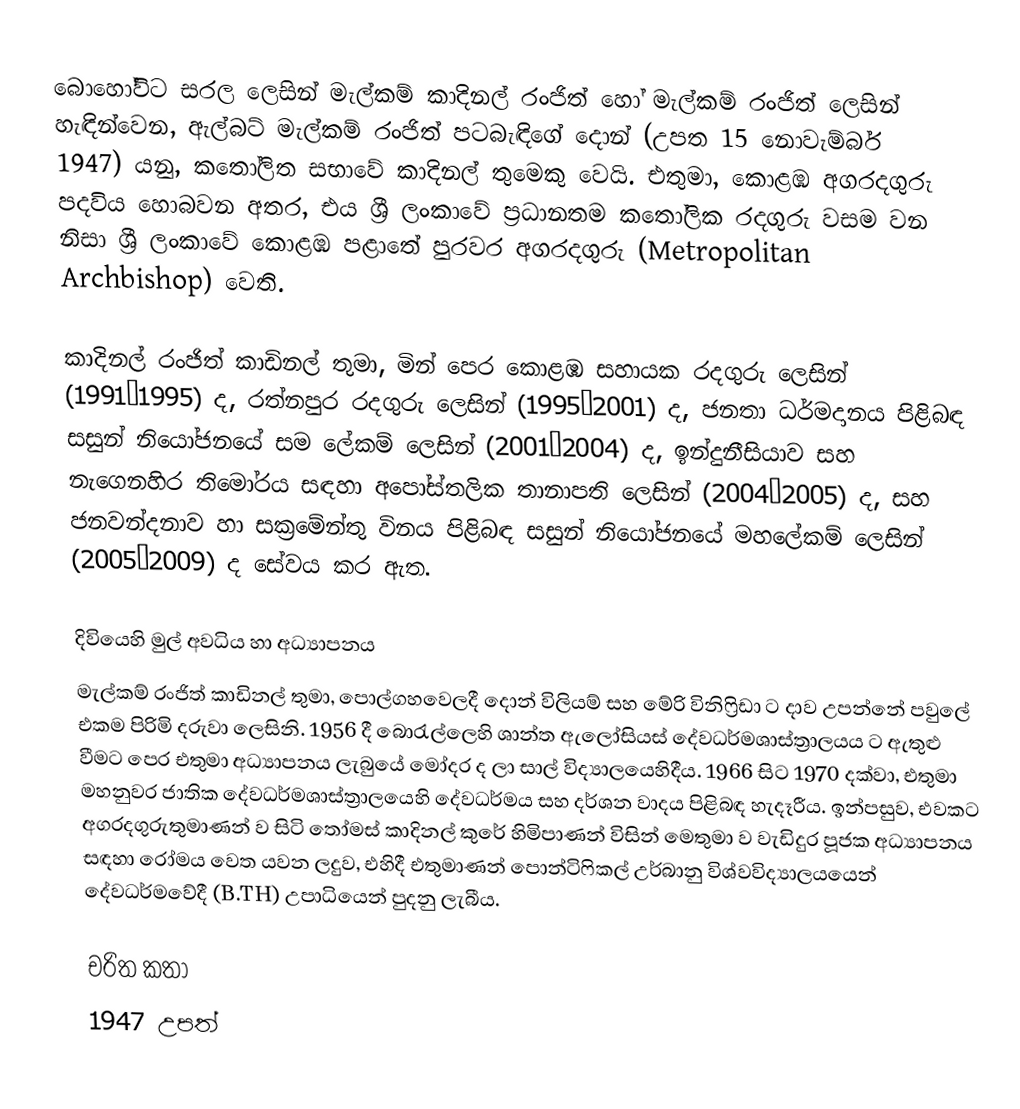
බොහෝවිට සරල ලෙසින් මැල්කම් කාදිනල් රංජිත් හෝ මැල්කම් රංජිත්  ලෙසින් හැඳින්වෙන, ඇල්බට් මැල්කම් රංජිත් පටබැඳිගේ දොන් (උපත 15 නොවැම්බර් 1947) යනු, කතෝලිත සභාවේ කාදිනල් තුමෙකු වෙයි. එතුමා, කොළඹ අගරදගුරු පදවිය හොබවන අතර, එය ශ්‍රී ලංකාවේ ප්‍රධානතම කතෝලික රදගුරු වසම වන නිසා ශ්‍රී ලංකාවේ කොළඹ පළාතේ පුරවර අගරදගුරු (Metropolitan Archbishop) වෙති.

කාදිනල් රංජිත් කාඩිනල් තුමා, මින් පෙර කොළඹ සහායක රදගුරු ලෙසින් (1991–1995) ද, රත්නපුර රදගුරු ලෙසින් (1995–2001) ද, ජනතා ධර්මදානය පිළිබඳ සසුන් නියෝජනයේ සම ලේකම් ලෙසින් (2001–2004) ද, ඉන්දුනීසියාව සහ නැගෙනහිර තිමෝරය සඳහා අපෝස්තලික තානාපති ලෙසින් (2004–2005) ද, සහ ජනවන්දනාව හා සක්‍රමේන්තු විනය පිළිබඳ සසුන් නියෝජනයේ මහලේකම් ලෙසින් (2005–2009) ද සේවය කර ඇත.

දිවියෙහි මුල් අවධිය හා අධ්‍යාපනය
මැල්කම් රංජිත් කාඩිනල් තුමා, පොල්ගහවෙලදී දොන් විලියම් සහ මේරි විනිෆ්‍රිඩා ට දාව උපන්නේ පවුලේ එකම පිරිමි දරුවා ලෙසිනි. 1956 දී බොරැල්ලෙහි ශාන්ත ඇලෝසියස් දේවධර්මශාස්ත්‍රාලයය ට ඇතුළු වීමට පෙර එතුමා අධ්‍යාපනය ලැබුයේ මෝදර ද ලා සාල් විද්‍යාලයෙහිදීය. 1966 සිට 1970 දක්වා, එතුමා මහනුවර ජාතික දේවධර්මශාස්ත්‍රාලයෙහි දේවධර්මය සහ දර්ශන වාදය පිළිබඳ හැදෑරීය. ඉන්පසුව, එවකට අගරදගුරුතුමාණන් ව සිටි තෝමස් කාදිනල් කුරේ හිමිපාණන් විසින් මෙතුමා ව වැඩිදුර පූජක අධ්‍යාපනය සඳහා රෝමය වෙත යවන ලදුව, එහිදී එතුමාණන් පොන්ටිෆිකල් උර්බානු විශ්වවිද්‍යාලයයෙන් දේවධර්මවේදී (B.TH) උපාධියෙන් පුදනු ලැබීය.

චරිත කතා
1947 උපත්